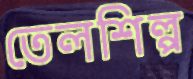
তেলশিল্প